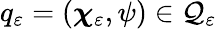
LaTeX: q_{\varepsilon}=(\boldsymbol{\chi}_{\varepsilon},\psi)\in\mathcal{Q}_{\varepsilon}